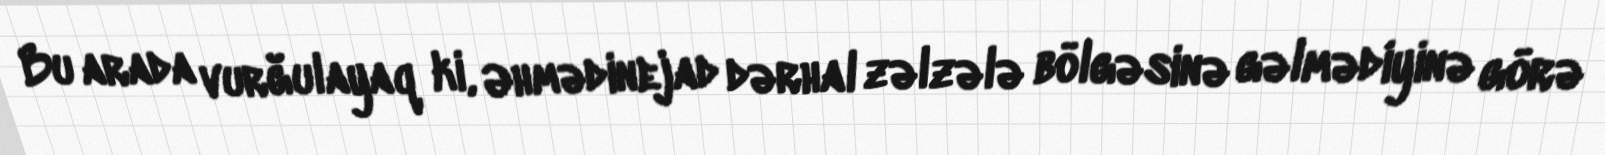
Bu arada vurğulayaq ki, Əhmədinejad dərhal zəlzələ bölgəsinə gəlmədiyinə görə